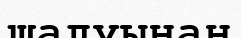
шалуынан